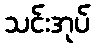
သင်းအုပ်